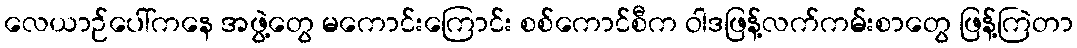
လေယာဉ်ပေါ်ကနေ အဖွဲ့တွေ မကောင်းကြောင်း စစ်ကောင်စီက ဝါဒဖြန့်လက်ကမ်းစာတွေ ဖြန့်ကြဲတာ